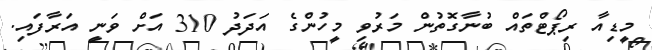
މީޑިއާ ރިޕޯޓްތައް ބުނާގޮތުން މަރުވި މީހުންގެ އަދަދު 310 އަށް ވަނީ އަރާފައި.